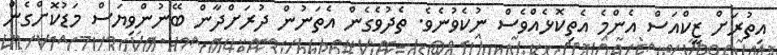
އިތުރަށް ޒީކްއަސް އެންމެ އެތިކޮޅެއްވެސް ނުކެވުނެވެ. ތެދުވެގެން އެތަނުން ދުރަށްދާން ބޭނުންވިޔަސް މަޑުކޮށްގެން